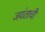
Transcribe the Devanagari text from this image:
जयंताची